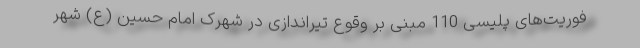
فوریت‌های پلیسی 110 مبنی بر وقوع تیراندازی در شهرک امام حسین (ع) شهر